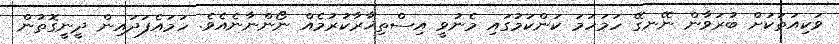
ވަކިއަތަކަށް ބުރަވާން ނޭނގޭ ހަމަހަމަ ކަންކަމުގައި މެނުވީ އިސްތިޚާރާކުރުމެއް ނޯންނާނެއެވެ. ހަމައެފަދައިން ދީނީގޮތުން